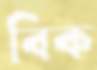
বিক